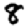
Digit: 8